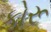
કોરૂ